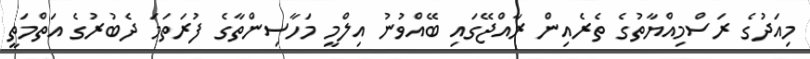
މިއަދުގެ ރަސްމިއްޔާތުގެ ތެރެއިން ރާއްޖޭގައި ބޭއްވުނު އިލްމީ މަހާސިންތާގެ ފުރަތަމަ ދެބުރުގެ އަތްމަތީ